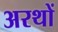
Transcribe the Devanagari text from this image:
अरथों